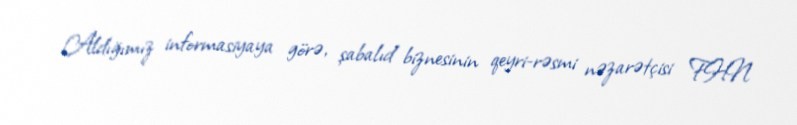
Aldığımız informasiyaya görə, şabalıd biznesinin qeyri-rəsmi nəzarətçisi FHN